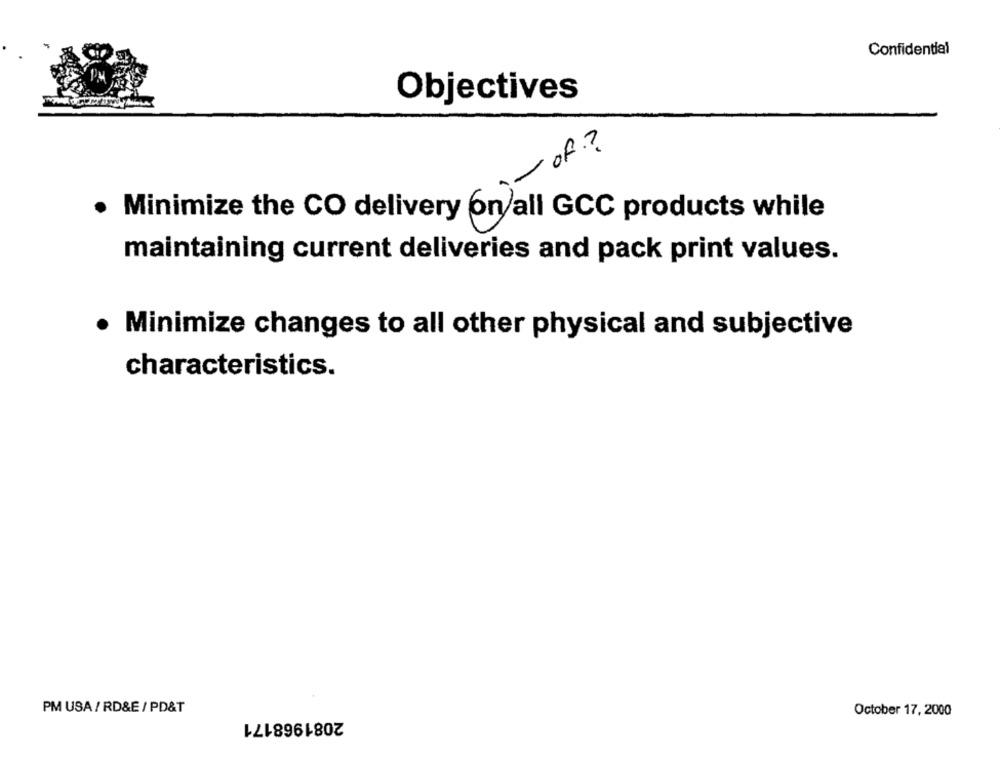
Confidential
Objectives
of?
. Minimize the CO delivery on/all GCC products while
maintaining current deliveries and pack print values.
· Minimize changes to all other physical and subjective
characteristics.
PM USA / RD&E / PD&T
2081968171
October 17, 2000